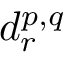
d _ { r } ^ { p , q }